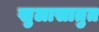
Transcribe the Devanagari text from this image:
खुलासातुत